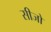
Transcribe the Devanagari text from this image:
सीजो